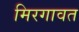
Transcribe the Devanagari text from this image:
मिरगावत